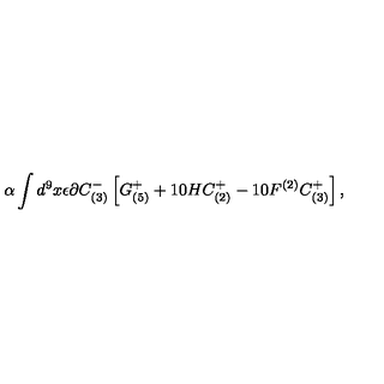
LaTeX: \alpha \int d ^ { 9 } x \epsilon \partial C _ { ( 3 ) } ^ { - } \left[ G _ { ( 5 ) } ^ { + } + 1 0 H C _ { ( 2 ) } ^ { + } - 1 0 F ^ { ( 2 ) } C _ { ( 3 ) } ^ { + } \right] ,